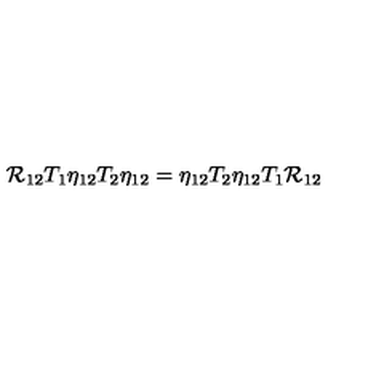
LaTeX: { \cal R } _ { 1 2 } T _ { 1 } \eta _ { 1 2 } T _ { 2 } \eta _ { 1 2 } = \eta _ { 1 2 } T _ { 2 } \eta _ { 1 2 } T _ { 1 } { \cal R } _ { 1 2 }